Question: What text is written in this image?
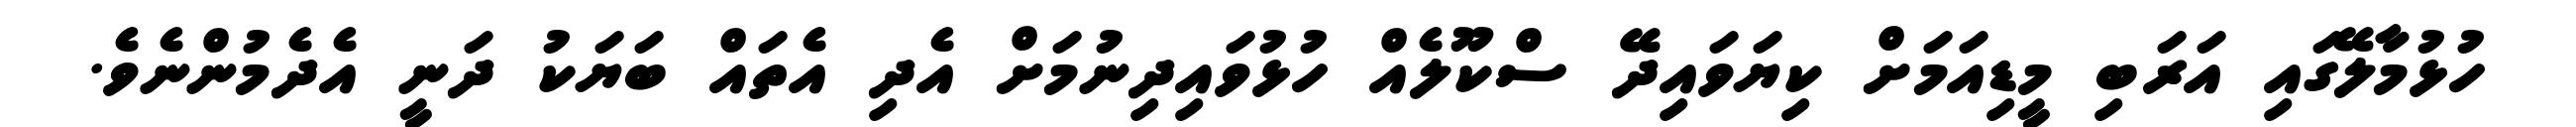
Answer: ހުޅުމާލޭގައި އަރަބި މީޑިއަމަށް ކިޔަވައިދޭ ސްކޫލެއް ހުޅުވައިދިނުމަށް އެދި އެތައް ބަޔަކު ދަނީ އެދެމުންނެވެ.